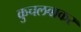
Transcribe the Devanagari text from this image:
कुचलवाकर